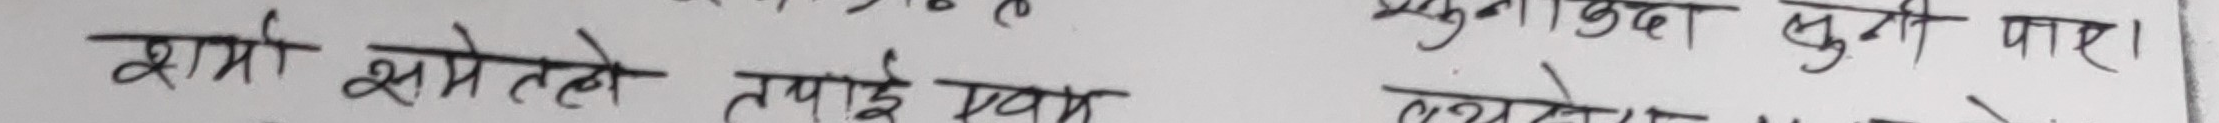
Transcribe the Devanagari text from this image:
प्रमुकादा मा पुग्दा छुनी पाए।
शर्मा समेतेले तपाई मध्य